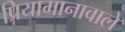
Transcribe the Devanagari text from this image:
प्रियामानावाले